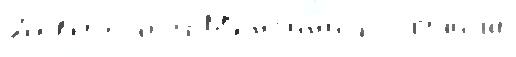
Д'е́вы собо́й М'енг'ин'и получи́ла